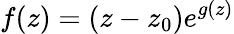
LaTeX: f(z)=(z-z_{0})e^{g(z)}